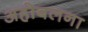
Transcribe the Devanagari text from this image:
अहोबलना